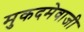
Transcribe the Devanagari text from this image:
मुकदमेवाजी